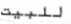
للبيت